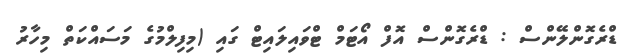
ޑްރެގޮންލޭންސް : ޑްރެގޮންސް އޮފް އޯޓަމް ޓްވައިލައިޓް ގައި (މިފިލްމުގެ މަސައްކަތް މިހާރު